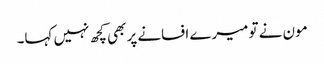
مون نے تو میرے افسانے پر بھی کچھ نہیں کہا۔